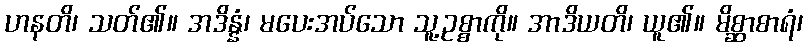
ဟနတိ၊ သတ်၏။ အဒိန္နံ၊ မပေးအပ်သော သူ့ဥစ္စာကို။ အာဒိယတိ၊ ယူ၏။ မိစ္ဆာစာရံ၊